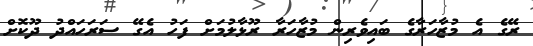
ރޭގެ އެ މުޒާހަރާގެ ބައިވެރިން މުޒާހަރާ ރޫޅާލުމަށް ފަހު އެގޭ ސަރަހައްދު ދޫކޮށް